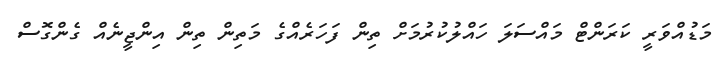
މަޑުއްވަރީ ކަރަންޓް މައްސަލަ ހައްލުކުރުމަށް ތިން ފަހަރެއްގެ މަތިން ތިން އިންޖީނެއް ގެންގޮސް